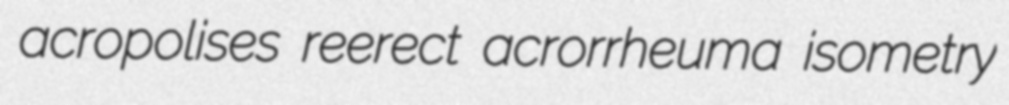
acropolises reerect acrorrheuma isometry